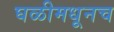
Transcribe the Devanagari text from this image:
घळीमधूनच